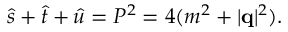
\hat { s } + \hat { t } + \hat { u } = P ^ { 2 } = 4 ( m ^ { 2 } + \vert { \bf q } \vert ^ { 2 } ) .